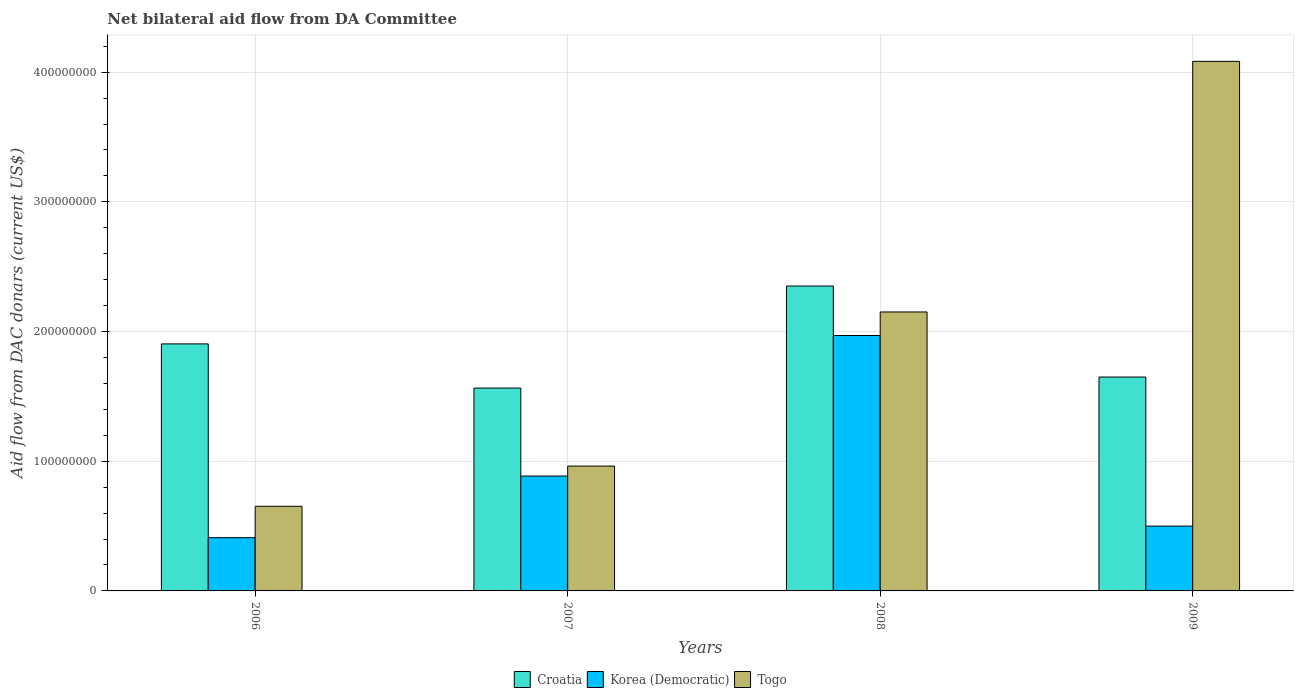
| Years | Croatia | Korea (Democratic) | Togo |
 | --- | --- | --- | --- |
 | 2006 | 1.9e+08 | 4.10e+07 | 6.52e+07 |
 | 2007 | 1.56e+08 | 8.86e+07 | 9.63e+07 |
 | 2008 | 2.35e+08 | 1.97e+08 | 2.15e+08 |
 | 2009 | 1.65e+08 | 5e+07 | 4.08e+08 |